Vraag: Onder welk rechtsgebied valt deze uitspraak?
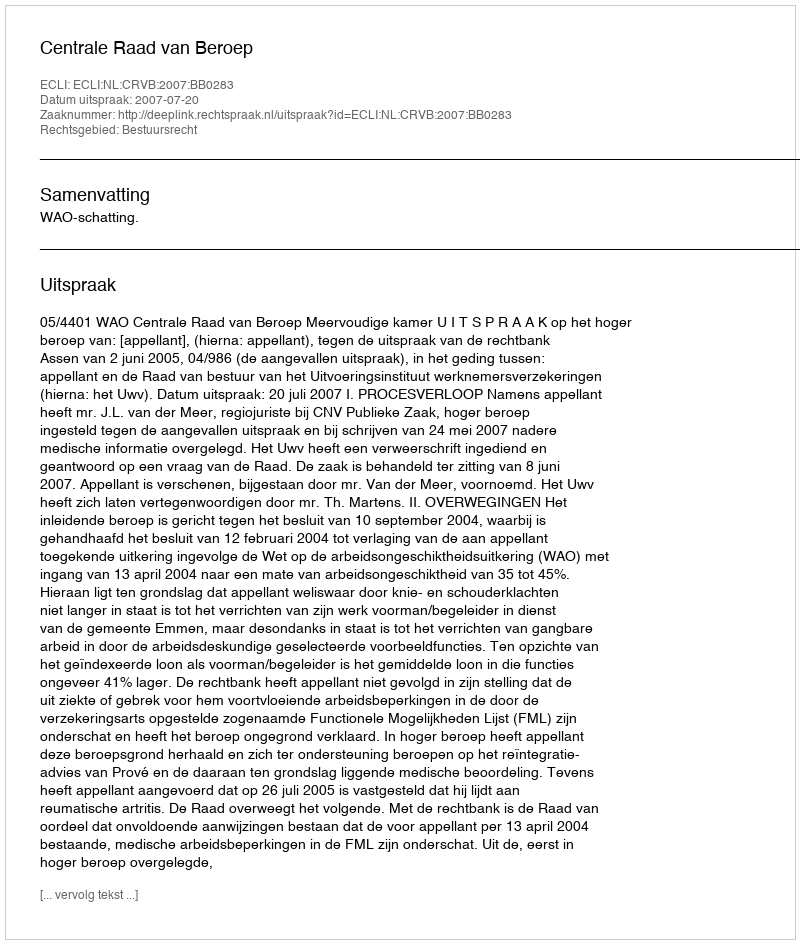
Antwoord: Bestuursrecht